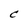
Character: C